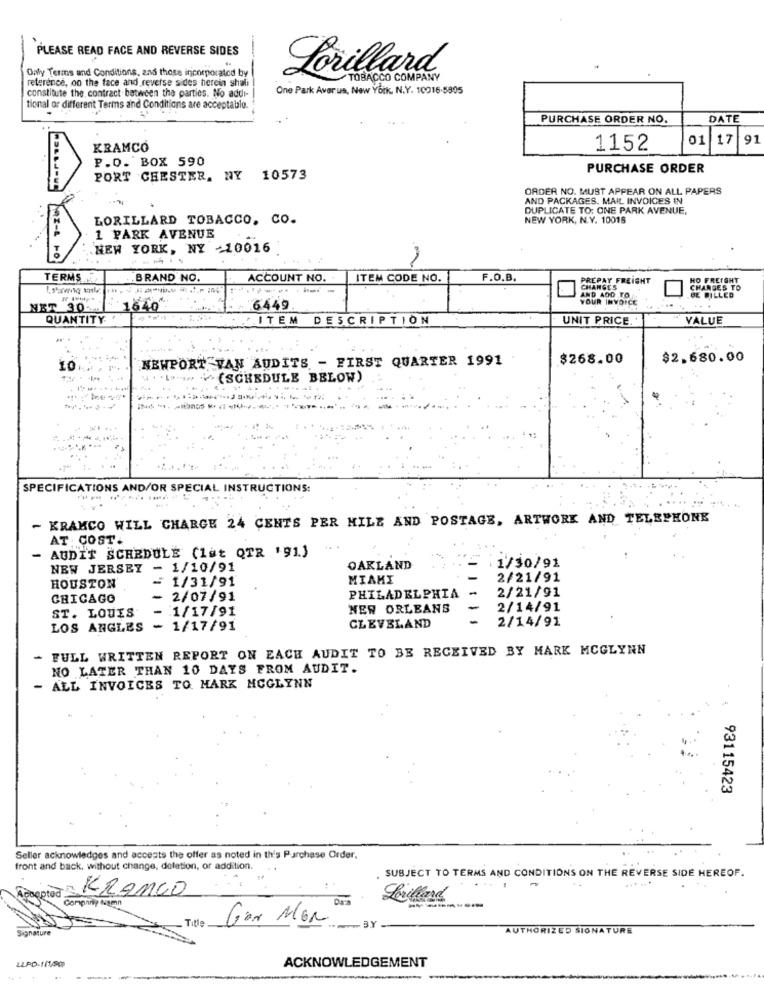
PLEASE READ FACE AND REVERSE SIDES
Ony Terms and Conditions, and those incorporated by
reference, on the face and reverse sides herein shali
Lorillard
TOBACCO COMPANY
constitute the contract between the parties. No addi-
One Park Averus, New York, N.Y. 10016-5805
tional of different Terms and Conditions are acceptable.
PURCHASE ORDER NO.
DATE
01
17
91
KRAMCO
1152
P.O. BOX 590
PURCHASE ORDER
PORT CHESTER, NY 10573
ORDER NO. MUST APPEAR ON ALL PAPERS
AND PACKAGES. MAIL INVOICES IN
DUPLICATE TO: ONE PARK AVENUE,
LORILLARD TOBACCO, CO.
NEW YORK, N.Y. 10018
1 PARK AVENUE
NEW YORK, NY -10016
TERMS.
BRAND NO.
ACCOUNT NO.
ITEM CODE NO.
F.O.B.
PREPAY FREIGHT
HO FREIGHT
CHANGES
AND 400 TOR
CHANGES TO
TO
YOUR INVOICE
BE BILLED
NET 30
1640
6449
...
QUANTITY
ITEM DESCRIPTION
UNIT PRICE.
VALUE
NEWPORT VAN AUDITS - FIRST QUARTER 1991
$268.00
$2.680.00
10
+(SCHEDULE BELOW)
SPECIFICATIONS AND/OR SPECIAL INSTRUCTIONS:
- KRAMCO WILL CHARGE 24 CENTS PER MILE AND POSTAGE, ARTWORK AND TELEPHONE
AT . COST.
AUDIT SCHEDULE (1&t QTR '91)
-
1/30/91
NEW JERSEY - 1/10/91
OAKLAND
: 1/31/91
MIAMI
2/21/91
HOUSTON
2/21/91
CHICAGO
2/07/91
PHILADELPHIA
1/17/91
NEW ORLEANS
2/14/91
ST. LOUIS
2/14/91
LOS ANGLES
- 1/17/91
CLEVELAND
- FULL WRITTEN REPORT ON EACH AUDIT TO BE RECEIVED BY MARK MCGLYNN
NO LATER THAN 10 DAYS FROM AUDIT.
- ALL INVOICES TO. MARK MCGLYNN
93115423
Seller acknowledges and accepts the offer as noted in the's Purchase Order.
front and back, without change, deletion, or addition.
. SUBJECT TO TERMS AND CONDITIONS ON THE REVERSE SIDE HEREOF.
FRANCO
Lorillard
Title
Gar Men
-BY
Signature
AUTHORIZED SIGNATURE
ACKNOWLEDGEMENT
LLPD-1/1,00)